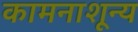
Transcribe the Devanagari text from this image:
कामनाशून्य